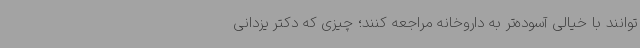
توانند با خیالی آسوده‌تر به داروخانه مراجعه کنند؛ چیزی که دکتر یزدانی